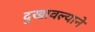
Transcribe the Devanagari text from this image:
दुखावल्याने